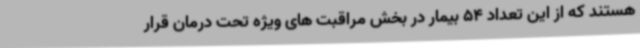
هستند که از این تعداد 54 بیمار در بخش مراقبت های ویژه تحت درمان قرار